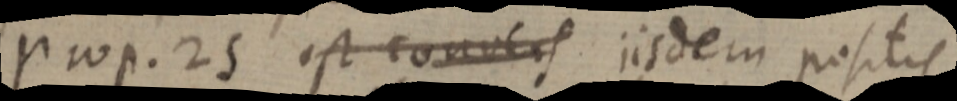
prop. 25 est convers iisdem positis